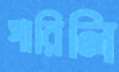
পারিলি